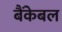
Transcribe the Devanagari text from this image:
बैंकेबल